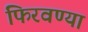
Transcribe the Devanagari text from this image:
फिरवण्या